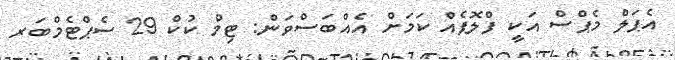
އެޕަލް މެޕްސް އަކީ ފްލޮޕެއް ކަމަށް އެއްބަސްވަން: ޓިމް ކުކް 29 ސެޕްޓެމްބަރ